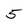
Character: 5